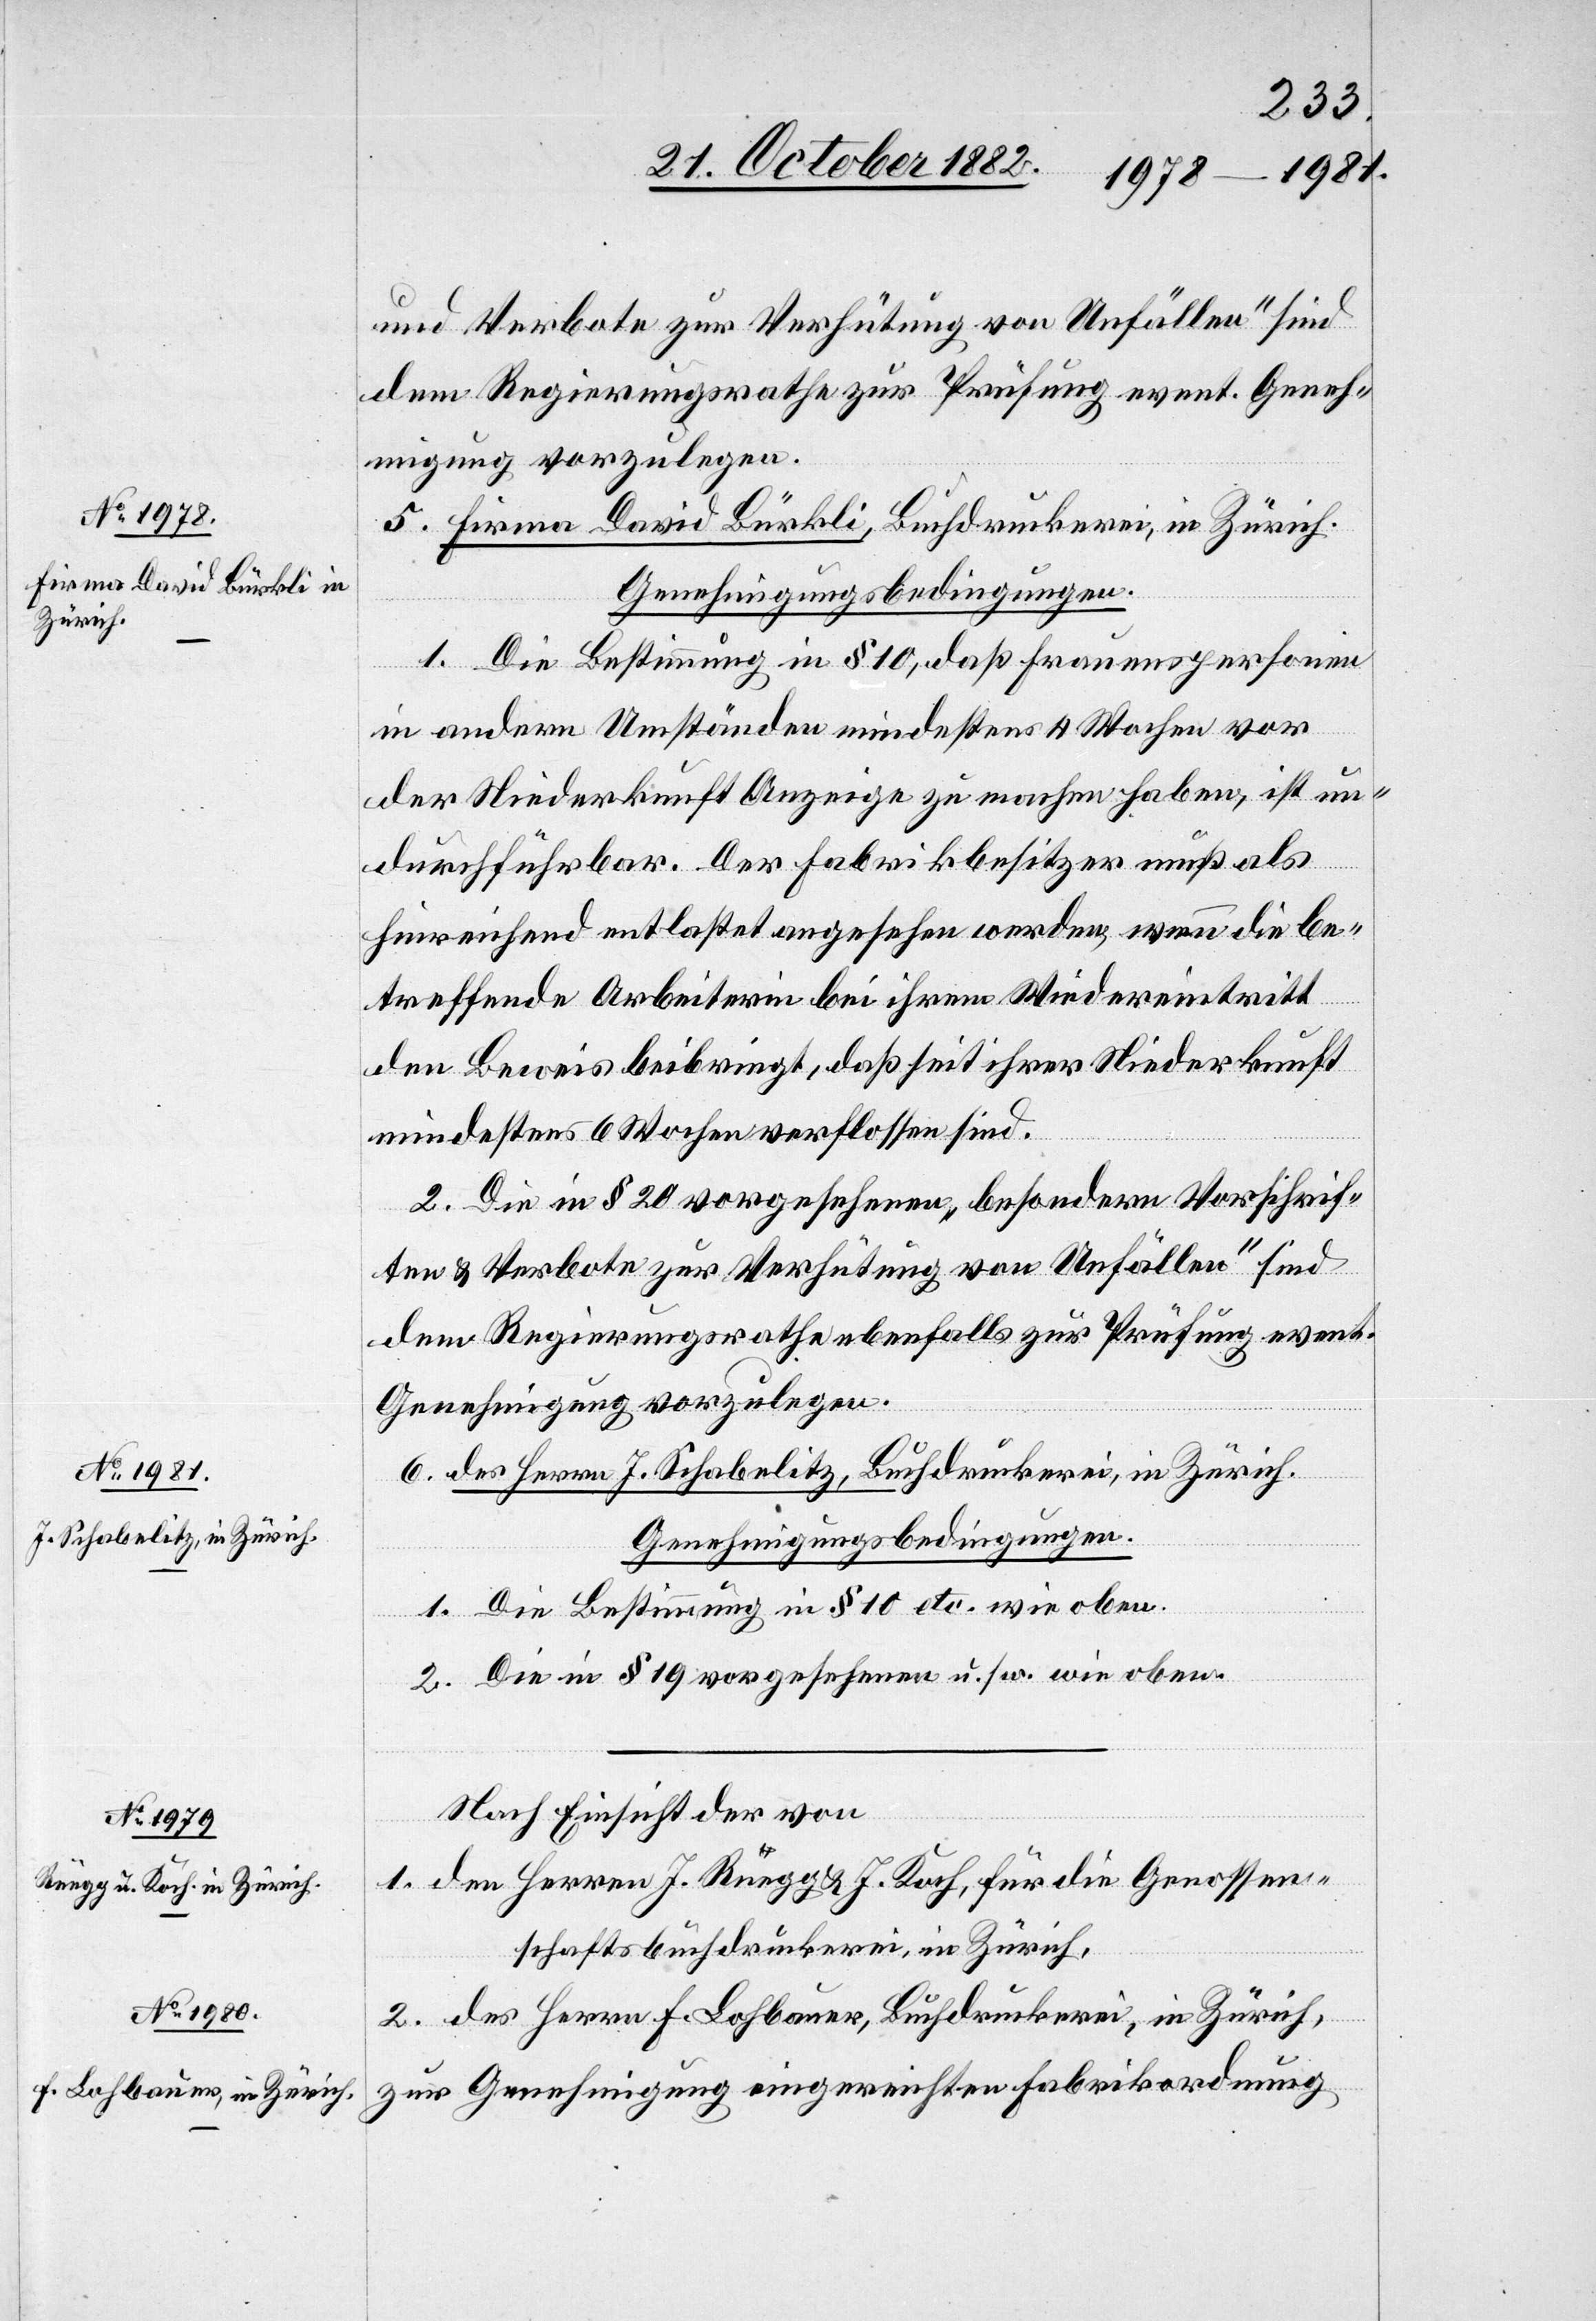
und Verbote zur Verhütung von Unfällen“ sind
dem Regierungsrathe zur Prüfung event. Geneh¬
migung vorzulegen.
5. Firma David Bürkli, Buchdruckerei, in Zürich.
Genehmigungsbedingungen:
1. Die Bestimmung in § 10, daß Frauenspersonen
in andern Umständen mindestens 4 Wochen vor
der Niederkunft Anzeige zu machen haben, ist un¬
durchführbar. Der Fabrikbesitzer muß als
hinreichend entlastet angesehen werden, wenn die be¬
treffende Arbeiterin bei ihrem Wiedereintritt
den Ausweis beibringt, daß seit ihrer Niederkunft
mindestens 6 Wochen verflossen sind.
2. Die in § 20 vorgesehenen „besondern Vorschrif¬
ten & Verbote zur Verhütung von Unfällen“ sind
dem Regierungsrathe ebenfalls zur Prüfung event.
Genehmigung vorzulegen.
6. des Herrn J. Schabelitz, Buchdruckerei, in Zürich.
Genehmigungsbedingungen:
1. Die Bestimmung in § 10 etc. wie oben.
2. Die in § 19 vorgesehenen u. s. w. wie oben.
Nach Einsicht der von
1. den Herren J. Rüegg & J. Koch, für die Genossen¬
schaftsbruchdruckerei, in Zürich,
2. des Herrn F. Lochbauer, Buchdruckerei, in Zürich,
zur Genehmigung eingereichten Fabrikordnung